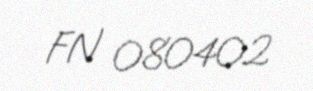
FN 080402